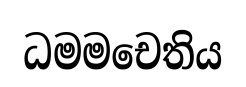
ධමමචෙතිය